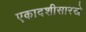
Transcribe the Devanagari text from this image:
एकादशीसारखे